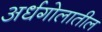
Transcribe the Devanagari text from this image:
अर्धगोलातील